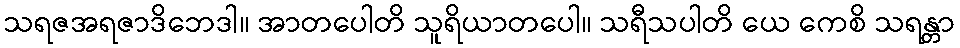
သရဇအရဇာဒိဘေဒါ။ အာတပေါတိ သူရိယာတပေါ။ သရီသပါတိ ယေ ကေစိ သရန္တာ